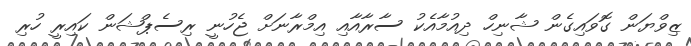
ޒިވްޔަން ގޮވައިގެން ޝާނިހް ދިއުމާއެކު ސާރާއާއި އިމްރާނަށް ޖެހުނީ ރިސެޕްޝަން ކައިރީ ހުރި